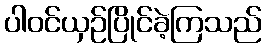
ပါဝင်ယှဉ်ပြိုင်ခဲ့ကြသည်